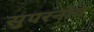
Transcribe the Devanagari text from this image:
सुपरनोवे